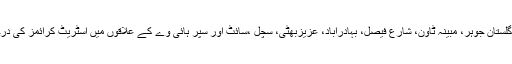
ان کا یہ گروہ گلشن اقبال، گلستان جوہر، مبینہ ٹاؤن، شارع فیصل، بہادرآباد، عزیزبھٹی، سچل ،سائٹ اور سپر ہائی وے کے علاقوں میں اسٹریٹ کرائمز کی درجنوں وارداتیں کرچکا ہے۔